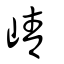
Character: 崝